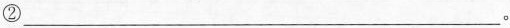
②___。